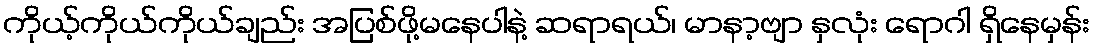
ကိုယ့်ကိုယ်ကိုယ်ချည်း အပြစ်ဖို့မနေပါနဲ့ ဆရာရယ်၊ မာနာ့ဗျာ နှလုံး ရောဂါ ရှိနေမှန်း